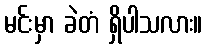
မင်းမှာ ခဲတံ ရှိပါသလား။